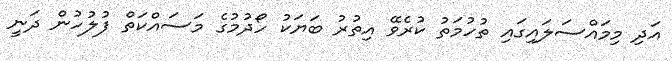
އަދި މިމައްސަލައިގައި ތުހުމަތު ކުރެވޭ އިތުރު ބަޔަކު ހޯދުމުގެ މަސައްކަތް ފުލުހުން ދަނީ